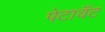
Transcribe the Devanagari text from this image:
पेटावॅट